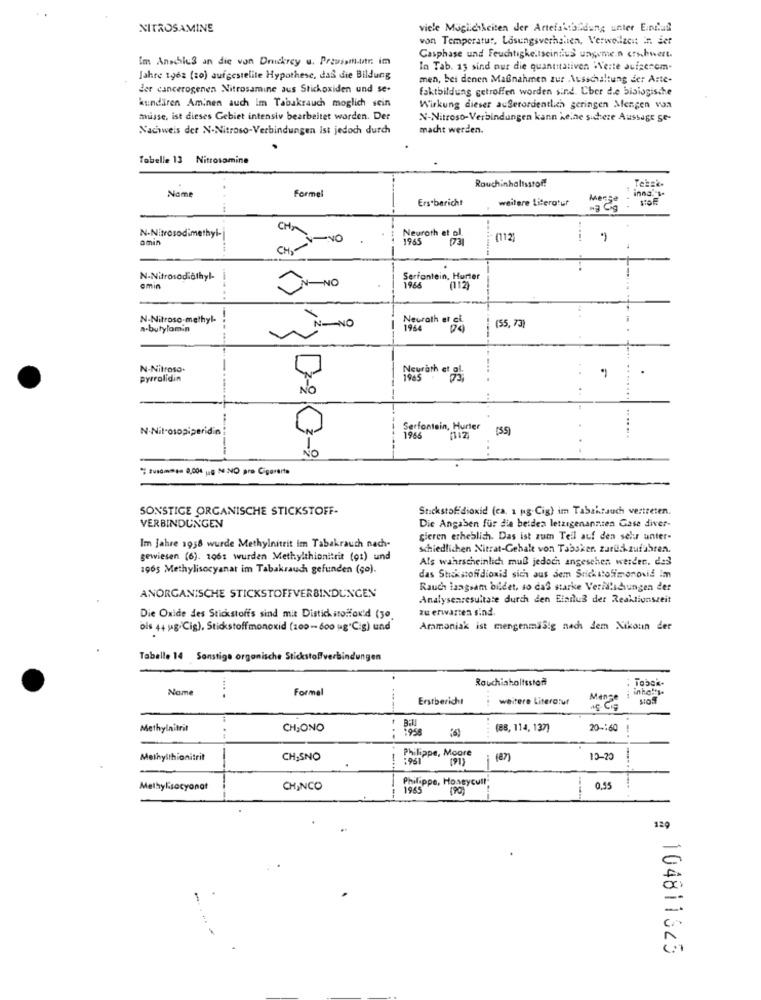
NITROSAMINE
viele Muglichkeiten der Artefaktbildung unter Eindad
von Temperatur, Lasungsverhalten, Verweilzeit in. set
Im Anschlus an die von Druckercy u. Proussinutr: im
Casphase und Feuchtigkeitscinsius ungemein sinhnert.
In Tab. 15 sind nur die quantitativen "Neste aufgenom-
Jahre 1962 (so) aufgestelite Hypothese, daß die Bildung
men, bei denen Maßnahmen zur Ausschaltung der Arte-
der cancerogenen Nitrosamine aus Stickoxiden und se-
faktbildung getroffen worden sind. Cher de bisiogische
kundiren Aminen auch im Tabakrauch moglich sein
Wirkung dieser außerordentlich geringen Mengen vaa
musse, ist dieses Gebiet intensiv bearbeitet worden. Der
N-Nitroso-Verbindungen kann keine sichere Aussage ge-
Nachweis der N-Nitroso-Verbindungen Ist jedoch durch
macht werden.
Tabelle 13 Nitrosamine
Teksk.
Rouchinhaltsstof!
inna "s.
Name
Formel
Ers bericht
weitere Literatur
Menge
CHA
N-Nitrosodimethyl-
amin
-NO
Neuroth et ol.
1965
(112)
.....
N-Nitrosodiathyl-
Serfontein, Hurter
amin
ON NO
1965
(112)
N-Nitroso-methyl.
Neurath et al.
a-butylamin
IN-NO
1960
(55, 73)
N-Nitroso-
pyrolidin
Neurath et al.
N-Nitrosopiper
Serfontein, Hurter
(55)
1966
...
NO
sammy 8,00€ Lig N NO pro Cigararte
SONSTIGE ORGANISCHE STICKSTOFF-
Stickstoffdioxid (ca. 1 pg.Cig) im Tabakrauch vertreten.
VERBINDUNGEN
Die Angaben für die beiden letzigenannten Gase diver-
gleren erheblich. Das ist zum Teil auf den selur unter-
Im jahre 1958 wurde Methylnitrit Im Tabakrauch nach-
schiedlichen Nitrat-Gehalt von Tabsker. zurückzuführen.
gewiesen (6). 106t wurden Methylthionitrit (01) und
Als wahrscheinlich muß jedoch angeschen werden. das
1965 Methylisocyanat im Tabakrauch gefunden (so).
das Stickstoffdioxid sich aus dem Stickstolimonovis Im
Rauch langsam bildet, so daß starke Veridlicungen der
ANORGANISCHE STICKSTOFFVERBINDUNGEN
Analysenresultate durch den Einilus der Reaktionszeit
zu erwarten sind.
Die Oxide des Stickstoff's sind mit Distickstoffoxid (30.
ois 44 ug Cig). Stickstoffmonoxid (100 - 600 ug C.g) und
Ammoniak ist mengenmasig nach dem Nikoun der
Tabelle 14 Sonstige organische Stickstoffverbindungen
Rouchiaholtsstof
Name
Formel
Erstbericht
weitere Literorut
Methylnitrit
CHIONO
Bill
(88, 114, 137)
20 -: 60
...
Methylthionitrit
CH,SNO
Philippe, Moore
( 91)
(87)
13-20
Philippe, Honeycull
Methylisocyanat
CHINCO
1965
(90)
0.55
129
104811323